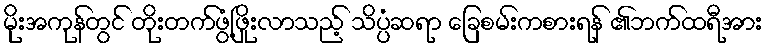
မိုးအကုန်တွင် တိုးတက်ဖွံ့ဖြိုးလာသည့် သိပ္ပံဆရာ ခြေစမ်းကစားရန် ၏ဘက်ထရီအား